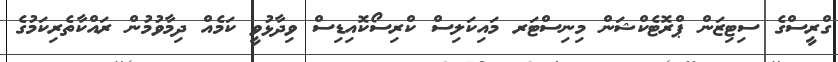
ގްރީސްގެ ސިޓިޒަން ޕްރޮޓެކްޝަން މިނިސްޓަރ މައިކަލިސް ކްރިސޯކޮއިޑިސް ވިދާޅުވީ ކަމެެއް ދިމާވުމުން ރައްކާތެރިކަމުގެ